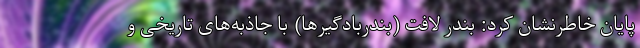
پایان خاطرنشان کرد: بندر لافت (بندربادگیرها) با جاذبه‌های تاریخی و